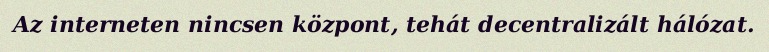
Az interneten nincsen központ, tehát decentralizált hálózat.